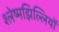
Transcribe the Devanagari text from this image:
श्लेष्मझिल्लियों